Trukikaitis_Postimees, lk 3
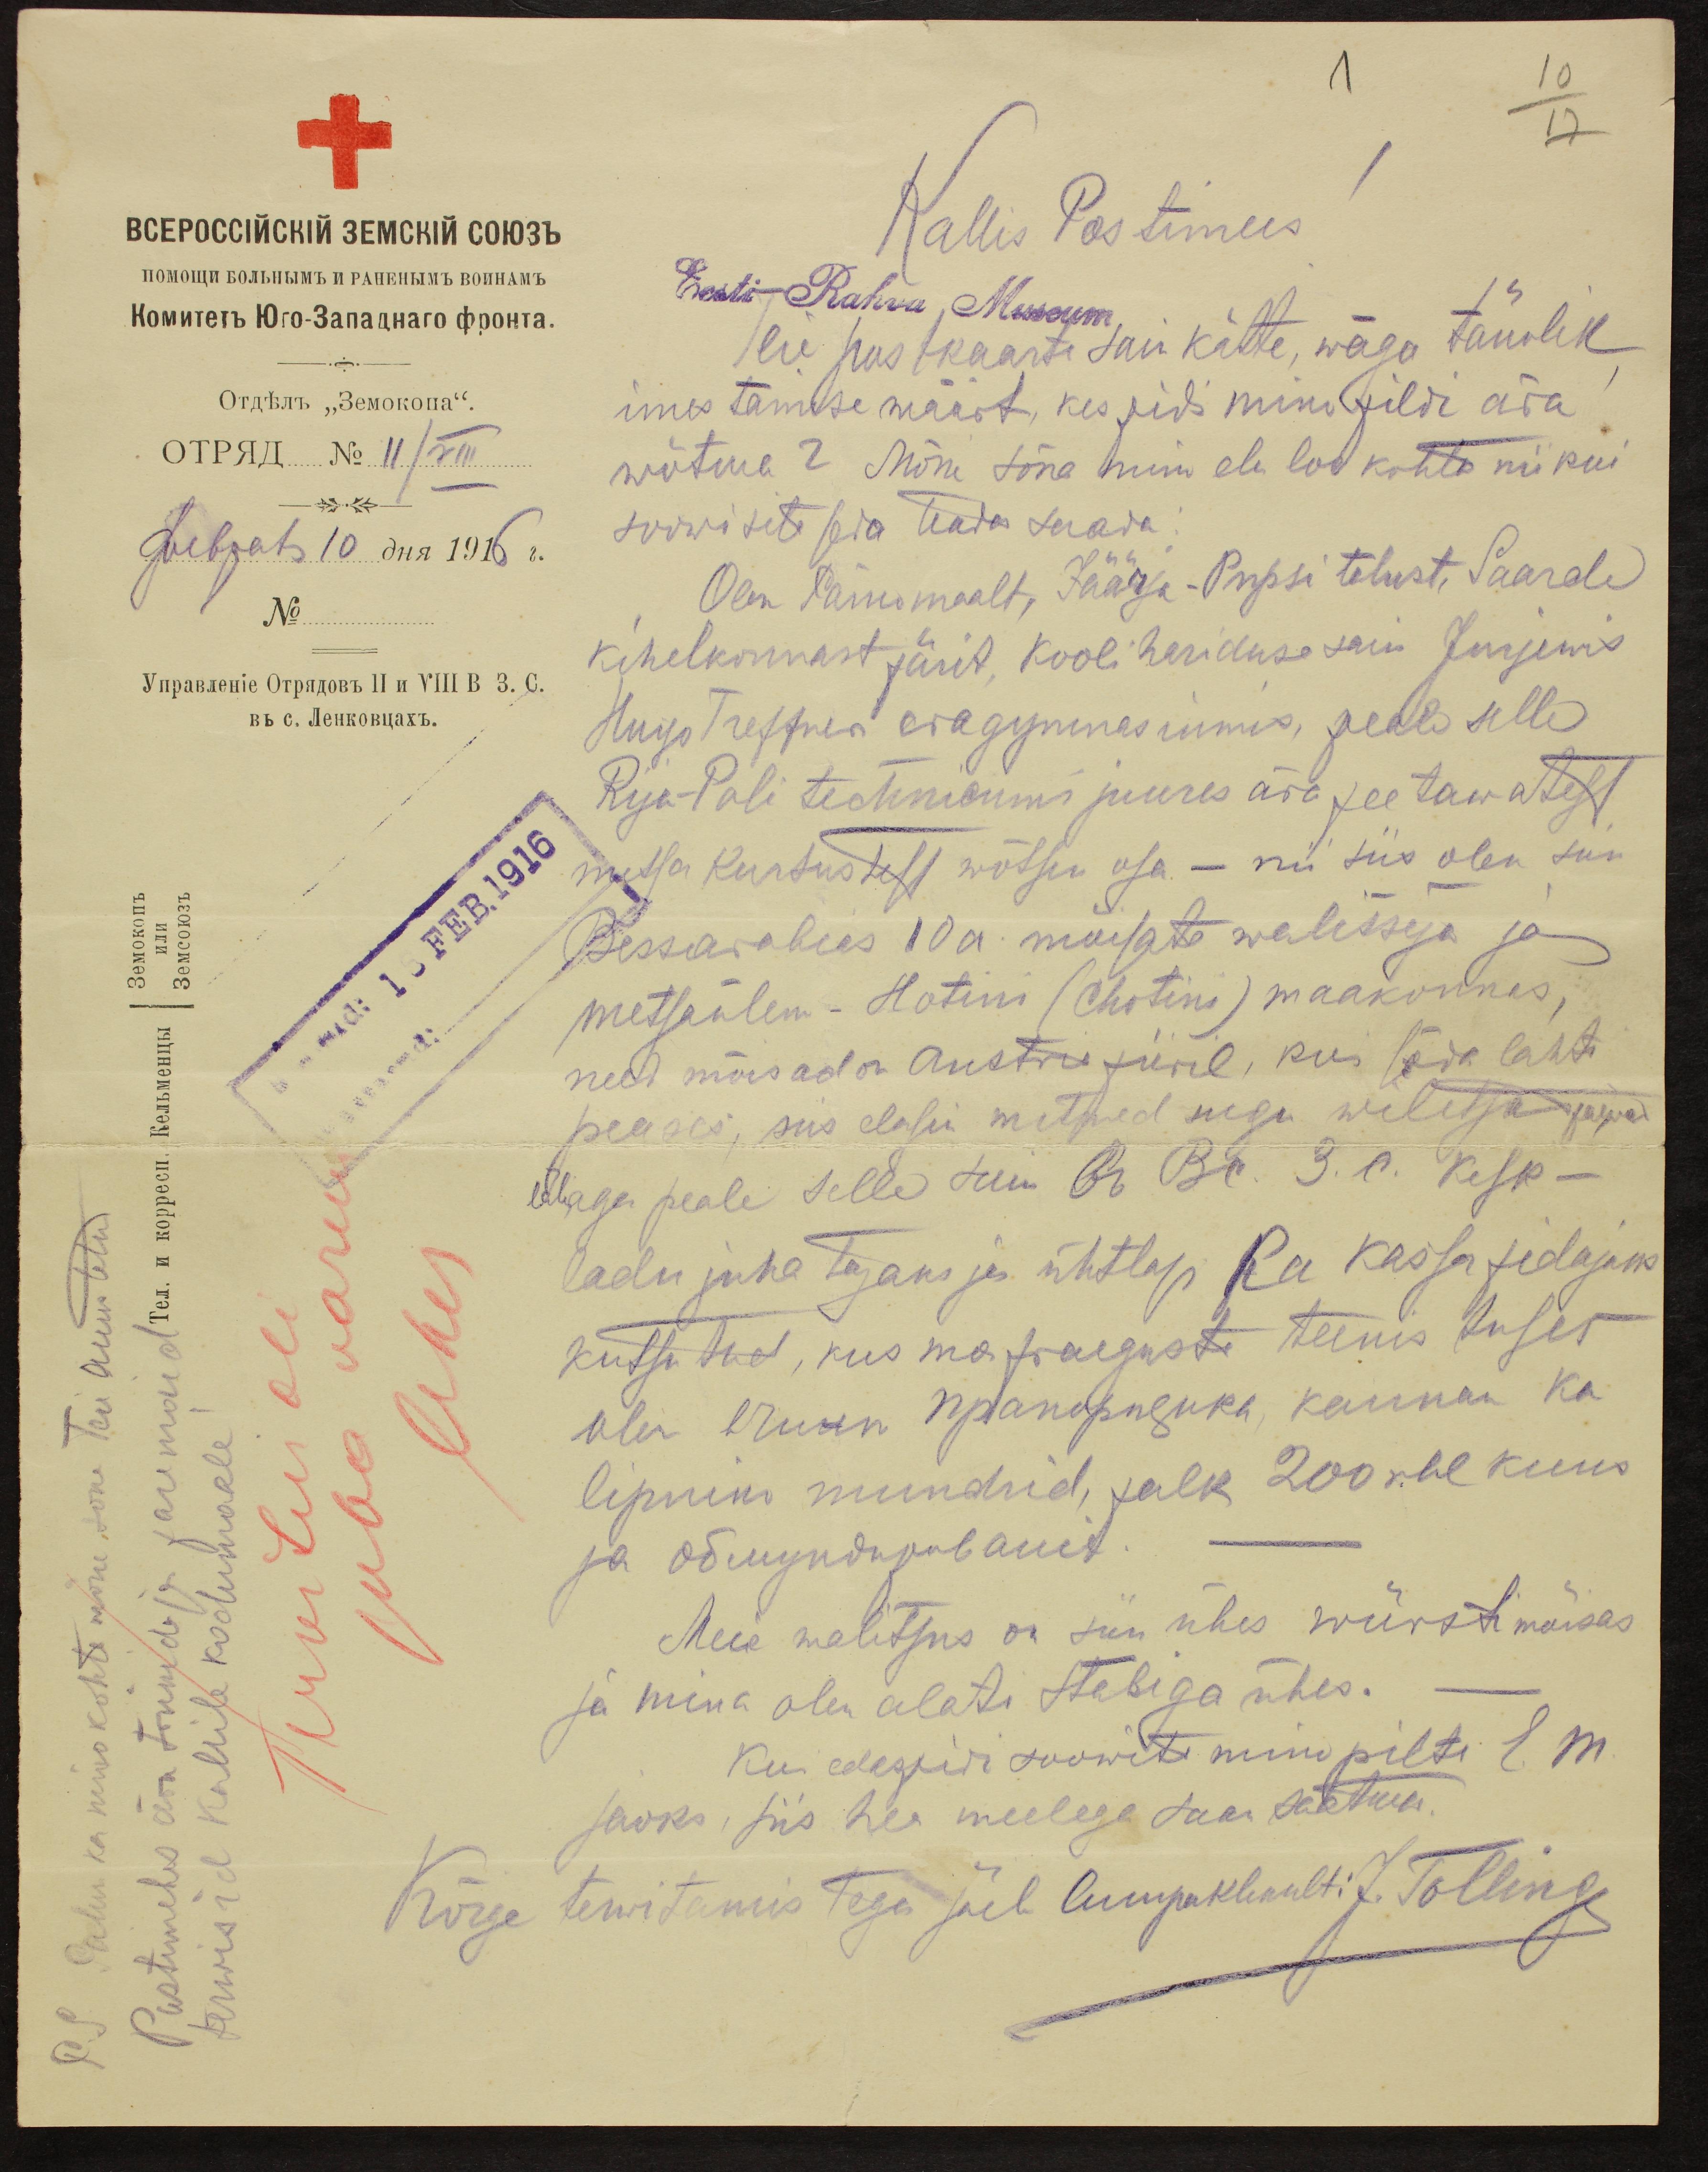
1
10/17
Kallis Postimees
Eesti Rahva Museum
Teie postkaarti sain kätte, wäga tänulik
imestamise wäärt, kes pidi minu pildi ära
wõtma? Mõne sõna minu elu loo kohta niikui
soowisite seda teada saada
Olen Pärnumaalt, Jäärja-Pupsi talust, Saarde
kihelkonnast pärit koolihariduse sain Jurjewis
Hugo Treffneri eragymnasiumis, peale selle
Rija-Poli technicumi juures ärapeetawatest
metsa kursustest wõtsin osa - nii siis olen siin
Bessarabias 10 a. mõisate walitseja ja
metsaülem - Hotini (Chotini) maakonnas,
need mõisad  on Austria piiril, kus sõda lahti
peases, siis elasim mitmed sugu wiletsad päewad
läbi, aga peale selle kui G Br. 3. c. Kesk-
ladu juhatajaks ja ühtlasi ka kassapidajaks
kutsutud, kus ma praeguste teenistuses
olen Oruun Nptanopuguks kannan ka
lipniku mundrid, palk 200 rbl kuus
ja Ööмунднонаниt
Meie walitsus on siin ühes würsti mõisas
ja mina olen alati Stabiga ühes.
Kui edaspidi soowite minu pilti E. M.
jaoks, siis hea meelega saan saatma
Kõige terwitamistega jäeb Auupaklikult J. Tolling